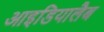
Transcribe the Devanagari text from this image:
आइडियालैब